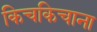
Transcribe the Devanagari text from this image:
किचकिचाना